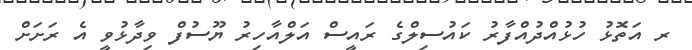
ރ އަތޮޅު ހުޅުއްދުއްފާރު ކައުސިލްގެ ރައީސް އަލްއާހިރު ޔޫސުފް ވިދާޅުވީ އެ ރަށަށް